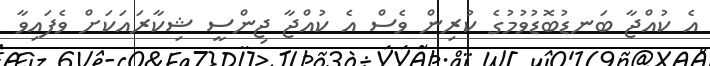
އެ ކުއްޖާ ބަނޑުބޮޑުވުމުގެ ކުރިން ވެސް އެ ކުއްޖާ ޖިންސީ ޝިކާރައަކަށް ވެފައިވާ